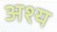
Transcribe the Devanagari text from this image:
अश्य